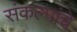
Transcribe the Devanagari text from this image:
संकल्पांचे